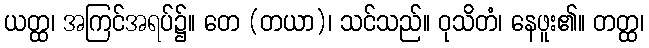
ယတ္ထ၊ အကြင်အရပ်၌။ တေ (တယာ)၊ သင်သည်။ ဝုသိတံ၊ နေဖူး၏။ တတ္ထ၊